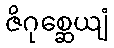
ဇိဂုစ္ဆေယျံ